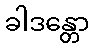
ခါဒန္တော